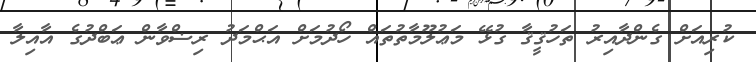
ކުރިއަށް ގެންދާއިރު ތަހުޤީޤާ ގުޅޭ މަޢުލޫމާތުތައް ހޯދުމަށް އަޙްމަދު ރިޟްވާން ޢަބްދުގެ އާއިލާ